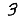
Digit: 3